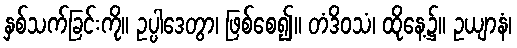
နှစ်သက်ခြင်းကို။ ဥပ္ပါဒေတွာ၊ ဖြစ်စေ၍။ တံဒိဝသံ၊ ထိုနေ့၌။ ဥယျာနံ၊